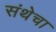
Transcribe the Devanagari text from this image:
संथेचा